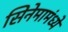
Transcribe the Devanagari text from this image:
सिनेमामंध्ये